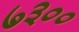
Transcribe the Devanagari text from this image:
७३००